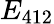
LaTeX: E_{412}